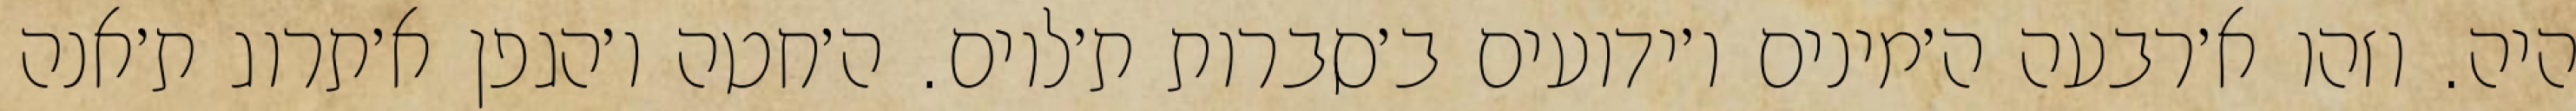
היה. וזהו א׳רבעה ה׳מינים ו׳ידועים ב׳סברות ת׳לוים. ה׳חטה ו׳הגפן א׳תרוג ת׳אנה